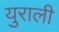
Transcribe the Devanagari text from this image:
युराली